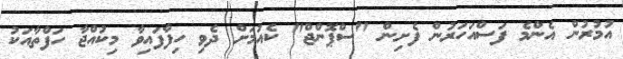
އުމުރުން އެންމެ ފަސްއަހަރުން ފެށިން "ސްޕޮންޖް" ކެއުމަށް ދެވި ހިފާފައިވާ މިކުއްޖާ ހަފްތާއަކު